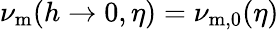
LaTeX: \nu_{\mathrm{m}}(h\rightarrow 0,\eta)=\nu_{\mathrm{m},0}(\eta)